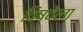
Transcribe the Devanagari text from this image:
विषवेला